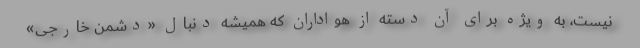
نیست، به ویژه برای آن دسته از هواداران که همیشه دنبال «دشمن خارجی»